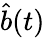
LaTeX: {\hat{b}}(t)